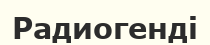
Радиогенді